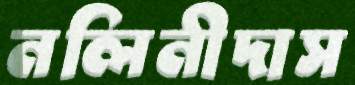
নলিনীদাস